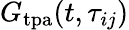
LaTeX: G_{\mathrm{tpa}}(t,\tau_{ij})